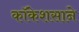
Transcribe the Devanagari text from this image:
कॉकेशसाने